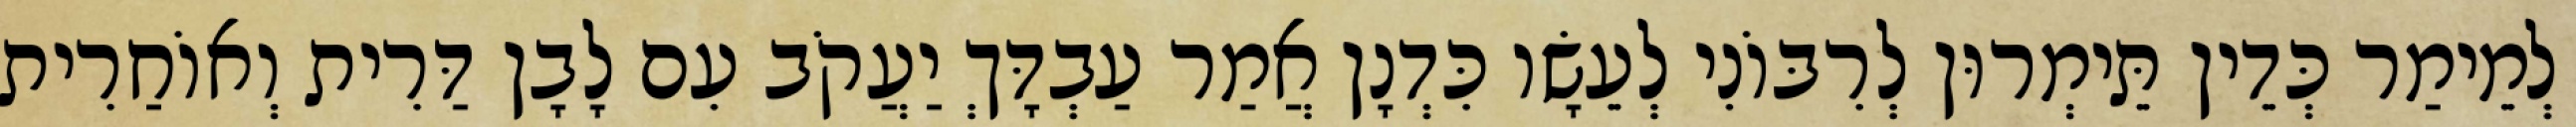
לְמֵימַר כְּדֵין תֵּימְרוּן לְרִבּוֹנִי לְעֵשָׂו כִּדְנָן אֲמַר עַבְדָּךְ יַעֲקֹב עִם לָבָן דַּרִית וְאוֹחַרִית